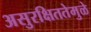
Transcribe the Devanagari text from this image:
असुरक्षिततेमुळे